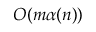
O ( m \alpha ( n ) )